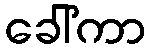
ခေါ်ကာ